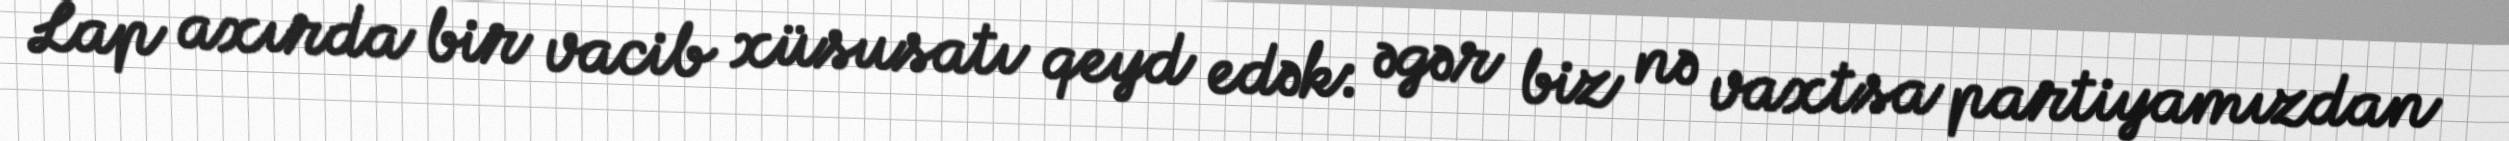
Lap axırda bir vacib xüsusatı qeyd edək: əgər biz nə vaxtsa partiyamızdan